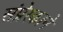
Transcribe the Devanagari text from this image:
संप्रेरकाने